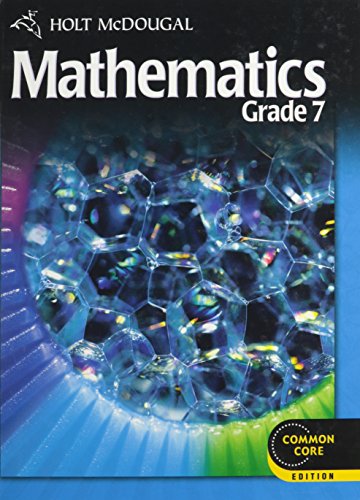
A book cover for Holt McDougal Mathematics: Student Edition Grade 7 2012; HOLT MCDOUGAL; Teen & Young Adult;